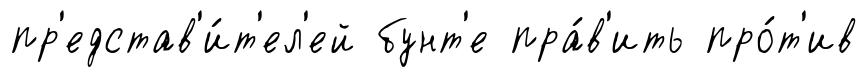
пр'едстав'и́т'ел'ей бунт'е пра́в'ить про́т'ив